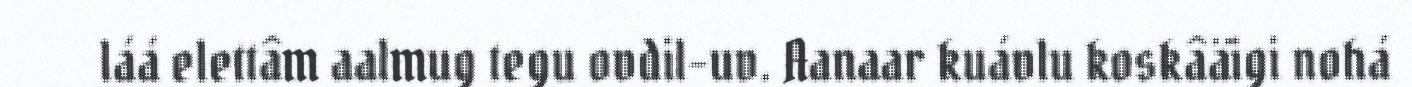
láá elettâm aalmug tegu ovdil-uv. Aanaar kuávlu koskâäigi nohá